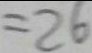
= 2 6